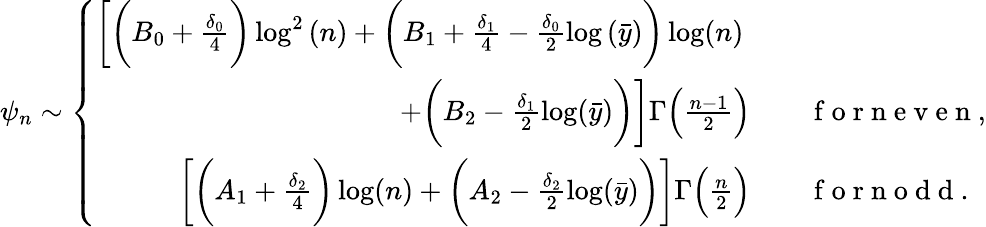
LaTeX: \psi_{n}\sim\left\{ \begin{array}{rl}{\bigg[\bigg(B_{0}+\frac{\delta_{0}}{4}\bigg)\log^{2}{(n)}+\bigg(B_{1}+\frac{\delta_{1}}{4}-\frac{\delta_{0}}{2}\log{(\bar{y})}\bigg)\log(n)\quad~}&{{}}\\ {+\bigg(B_{2}-\frac{\delta_{1}}{2}\log(\bar{y})\bigg)\bigg]\Gamma\Big(\frac{n-1}{2}\Big)\quad}&{{}\mathrm{~f~o~r~n~e~v~e~n~},}\\ {\bigg[\bigg(A_{1}+\frac{\delta_{2}}{4}\bigg)\log(n)+\bigg(A_{2}-\frac{\delta_{2}}{2}\log(\bar{y})\bigg)\bigg]\Gamma\Big(\frac{n}{2}\Big)\quad}&{{}\mathrm{~f~o~r~n~o~d~d~}.}\end{array}\right.